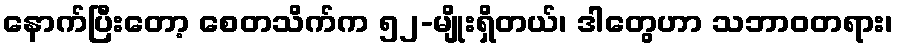
နောက်ပြီးတော့ စေတသိက်က ၅၂-မျိုးရှိတယ်၊ ဒါတွေဟာ သဘာဝတရား၊